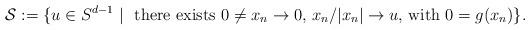
LaTeX: \begin{align*}{ \mathcal S}:=\{ u \in S^{d-1} \ | \ \hbox{ there exists $0\ne x_n \to 0$, $x_n / |x_n| \to u$, with $0=g(x_n)$}\}.\end{align*}